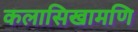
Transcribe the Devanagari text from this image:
कलासिखामणि